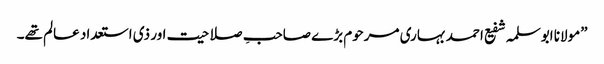
”مولانا ابوسلمہ شفیع احمد بہاری مرحوم بڑے صاحبِ صلاحیت اور ذی استعداد عالم تھے۔